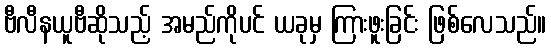
ဗီလီနယူဗီဆိုသည့် အမည်ကိုပင် ယခုမှ ကြားဖူးခြင်း ဖြစ်လေသည်။